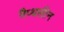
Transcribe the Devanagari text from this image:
नैप्थलीन